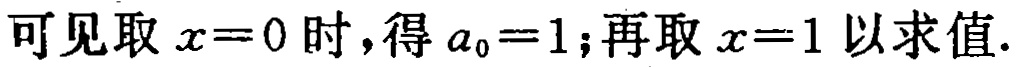
可见取 \(x = 0\) 时，得 \(a_0 = 1\)；再取 \(x = 1\) 以求值.